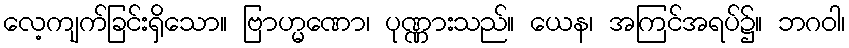
လေ့ကျက်ခြင်းရှိသော။ ဗြာဟ္မဏော၊ ပုဏ္ဏားသည်။ ယေန၊ အကြင်အရပ်၌။ ဘဂဝါ၊